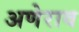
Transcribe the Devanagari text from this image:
अणेराव